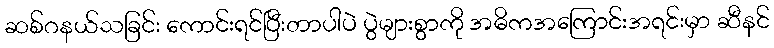
ဆစ်ဂနယ်သခြင်း ကောင်းရင်ပြီးတာပါပဲ ပွဲများစွာကို အဓိကအကြောင်းအရင်းမှာ ဆီနင်